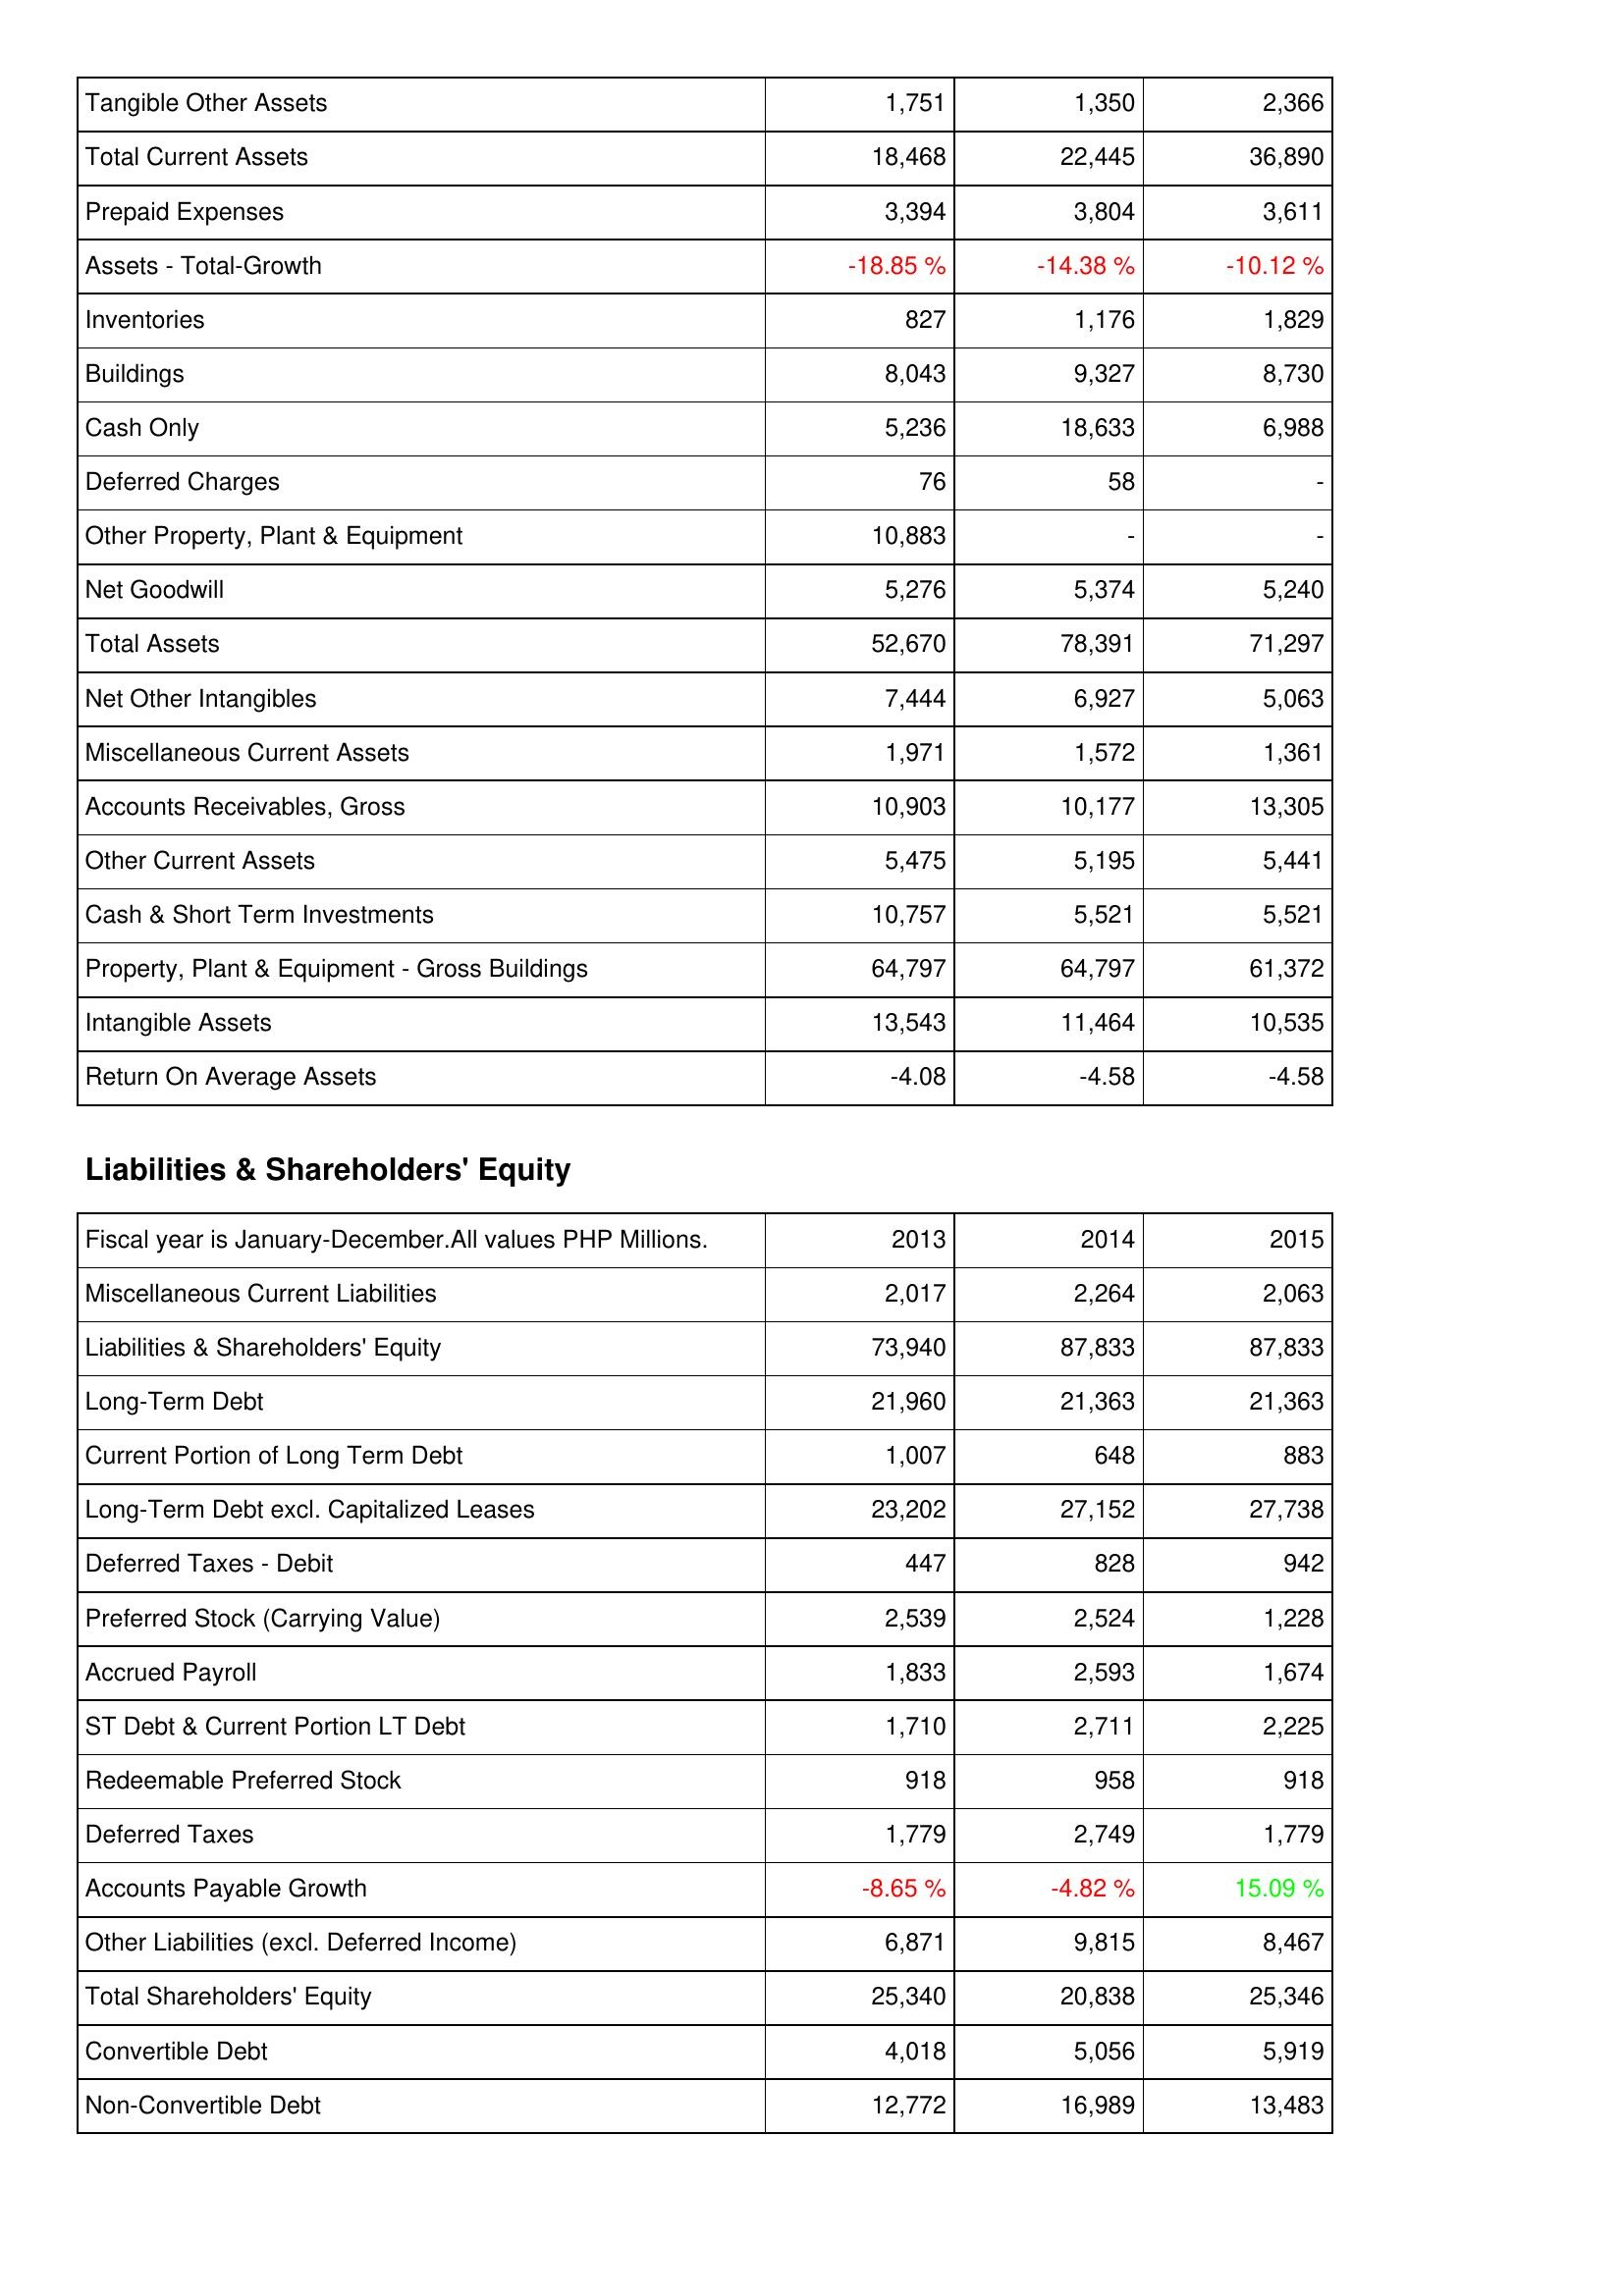
2013: Assets: Tangible Other Assets: 1,751
Total Current Assets: 18,468
Prepaid Expenses: 3,394
Assets - Total-Growth: -18.85 %
Inventories: 827
Buildings: 8,043
Cash Only: 5,236
Deferred Charges: 76
Other Property, Plant & Equipment: 10,883
Net Goodwill: 5,276
Total Assets: 52,670
Net Other Intangibles: 7,444
Miscellaneous Current Assets: 1,971
Accounts Receivables, Gross: 10,903
Other Current Assets: 5,475
Cash & Short Term Investments: 10,757
Property, Plant & Equipment - Gross Buildings: 64,797
Intangible Assets: 13,543
Return On Average Assets: -4.08
Liabilities & Shareholders' Equity: Miscellaneous Current Liabilities: 2,017
Liabilities & Shareholders' Equity: 73,940
Long-Term Debt: 21,960
Current Portion of Long Term Debt: 1,007
Long-Term Debt excl. Capitalized Leases: 23,202
Deferred Taxes - Debit: 447
Preferred Stock (Carrying Value): 2,539
Accrued Payroll: 1,833
ST Debt & Current Portion LT Debt: 1,710
Redeemable Preferred Stock: 918
Deferred Taxes: 1,779
Accounts Payable Growth: -8.65 %
Other Liabilities (excl. Deferred Income): 6,871
Total Shareholders' Equity: 25,340
Convertible Debt: 4,018
Non-Convertible Debt: 12,772
2014: Assets: Tangible Other Assets: 1,350
Total Current Assets: 22,445
Prepaid Expenses: 3,804
Assets - Total-Growth: -14.38 %
Inventories: 1,176
Buildings: 9,327
Cash Only: 18,633
Deferred Charges: 58
Other Property, Plant & Equipment: -
Net Goodwill: 5,374
Total Assets: 78,391
Net Other Intangibles: 6,927
Miscellaneous Current Assets: 1,572
Accounts Receivables, Gross: 10,177
Other Current Assets: 5,195
Cash & Short Term Investments: 5,521
Property, Plant & Equipment - Gross Buildings: 64,797
Intangible Assets: 11,464
Return On Average Assets: -4.58
Liabilities & Shareholders' Equity: Miscellaneous Current Liabilities: 2,264
Liabilities & Shareholders' Equity: 87,833
Long-Term Debt: 21,363
Current Portion of Long Term Debt: 648
Long-Term Debt excl. Capitalized Leases: 27,152
Deferred Taxes - Debit: 828
Preferred Stock (Carrying Value): 2,524
Accrued Payroll: 2,593
ST Debt & Current Portion LT Debt: 2,711
Redeemable Preferred Stock: 958
Deferred Taxes: 2,749
Accounts Payable Growth: -4.82 %
Other Liabilities (excl. Deferred Income): 9,815
Total Shareholders' Equity: 20,838
Convertible Debt: 5,056
Non-Convertible Debt: 16,989
2015: Assets: Tangible Other Assets: 2,366
Total Current Assets: 36,890
Prepaid Expenses: 3,611
Assets - Total-Growth: -10.12 %
Inventories: 1,829
Buildings: 8,730
Cash Only: 6,988
Deferred Charges: -
Other Property, Plant & Equipment: -
Net Goodwill: 5,240
Total Assets: 71,297
Net Other Intangibles: 5,063
Miscellaneous Current Assets: 1,361
Accounts Receivables, Gross: 13,305
Other Current Assets: 5,441
Cash & Short Term Investments: 5,521
Property, Plant & Equipment - Gross Buildings: 61,372
Intangible Assets: 10,535
Return On Average Assets: -4.58
Liabilities & Shareholders' Equity: Miscellaneous Current Liabilities: 2,063
Liabilities & Shareholders' Equity: 87,833
Long-Term Debt: 21,363
Current Portion of Long Term Debt: 883
Long-Term Debt excl. Capitalized Leases: 27,738
Deferred Taxes - Debit: 942
Preferred Stock (Carrying Value): 1,228
Accrued Payroll: 1,674
ST Debt & Current Portion LT Debt: 2,225
Redeemable Preferred Stock: 918
Deferred Taxes: 1,779
Accounts Payable Growth: 15.09 %
Other Liabilities (excl. Deferred Income): 8,467
Total Shareholders' Equity: 25,346
Convertible Debt: 5,919
Non-Convertible Debt: 13,483